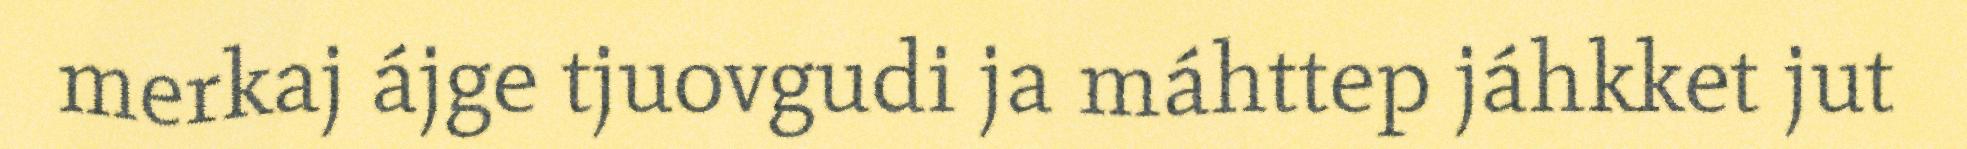
merkaj ájge tjuovgudi ja máhttep jáhkket jut